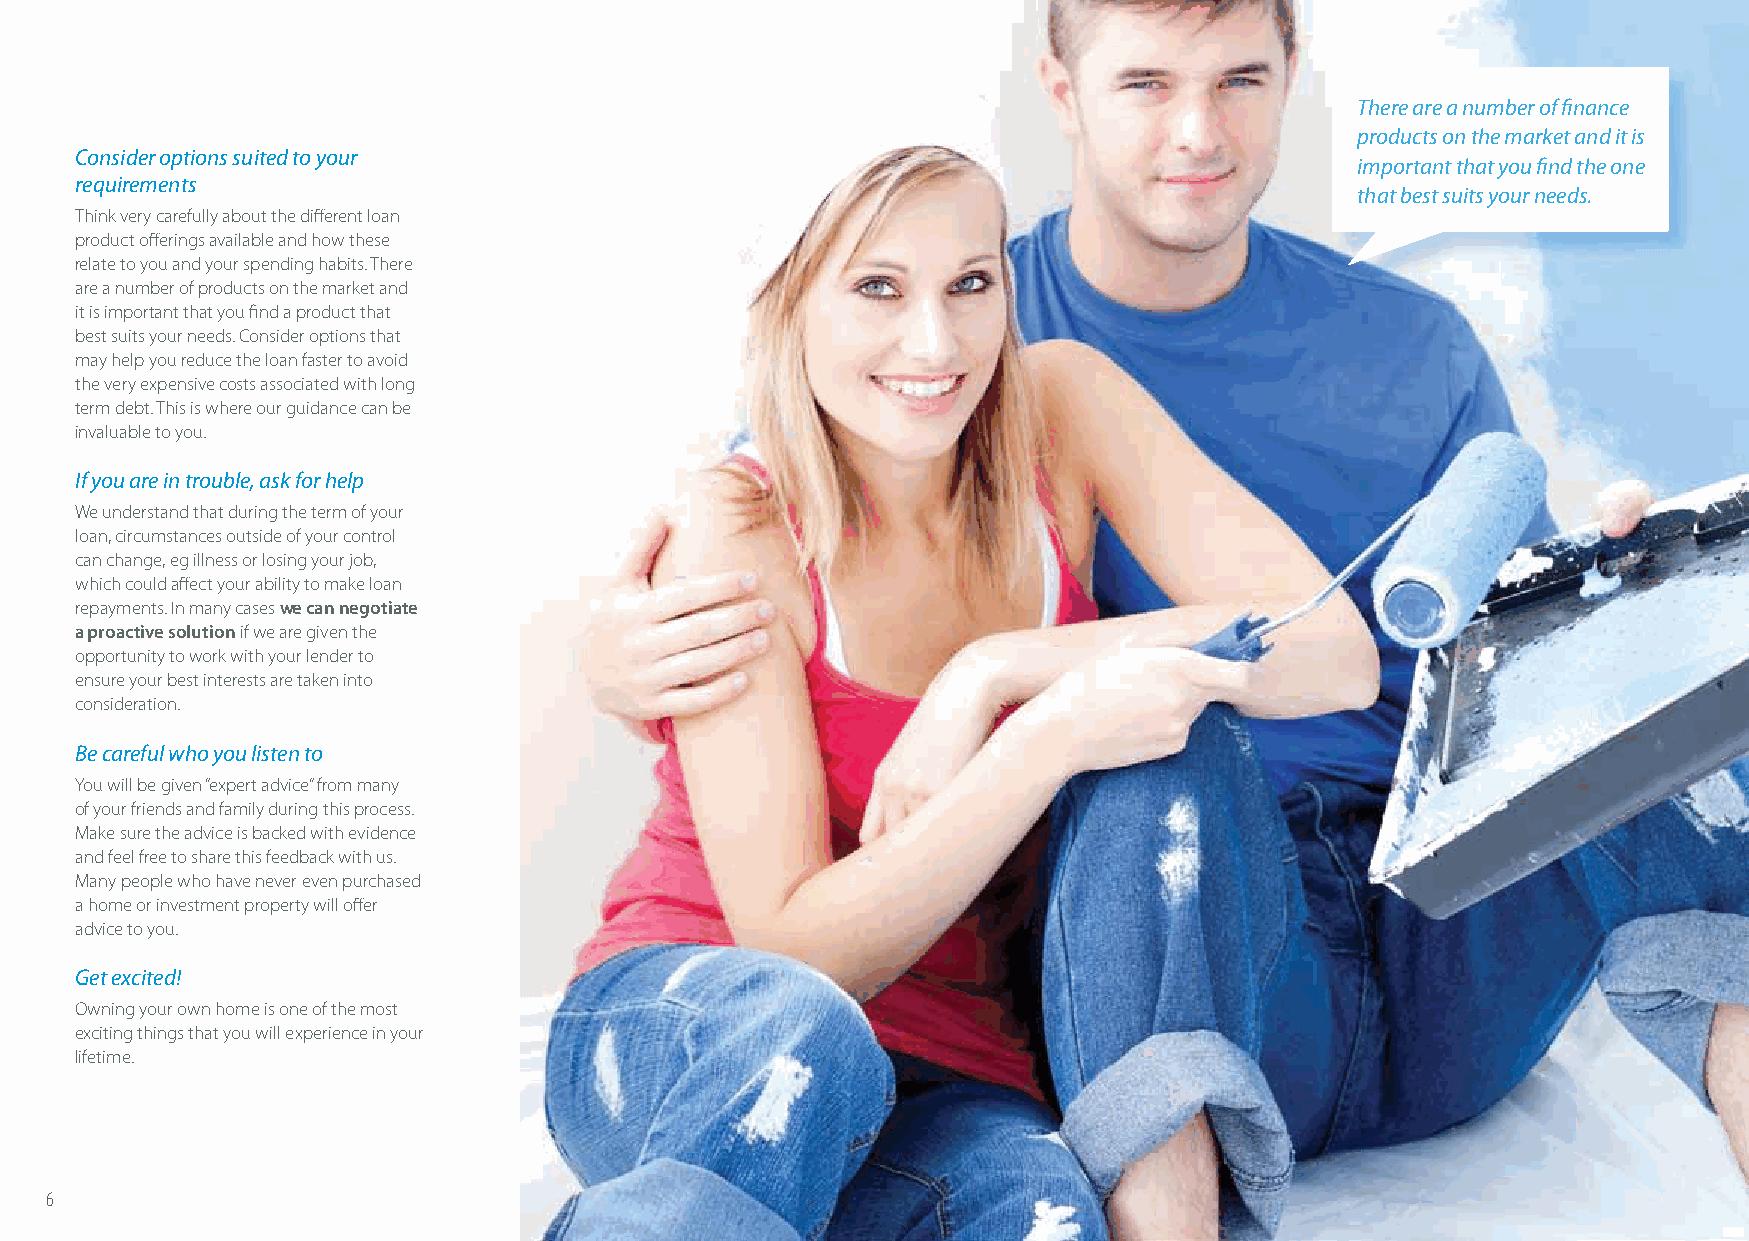
There are a number of fi nance
 products on the market and it is
 Consider options suited to your
 important that you fi nd the one
 requirements
 that best suits your needs.
 Think very carefully about the diff erent loan
 product off erings available and how these
 relate to you and your spending habits. There
 are a number of products on the market and
 it is important that you fi nd a product that
 best suits your needs. Consider options that
 may help you reduce the loan faster to avoid
 the very expensive costs associated with long
 term debt. This is where our guidance can be
 invaluable to you.
 If you are in trouble, ask for help
 We understand that during the term of your
 loan, circumstances outside of your control
 can change, eg illness or losing your job,
 which could aff ect your ability to make loan
 repayments. In many cases we can negotiate
 a proactive solution if we are given the
 opportunity to work with your lender to
 ensure your best interests are taken into
 consideration.
 Be careful who you listen to
 You will be given “expert advice” from many
 of your friends and family during this process.
 Make sure the advice is backed with evidence
 and feel free to share this feedback with us.
 Many people who have never even purchased
 a home or investment property will off er
 advice to you.
 Get excited!
 Owning your own home is one of the most
 exciting things that you will experience in your
 lifetime.
 6                                                                                                           7